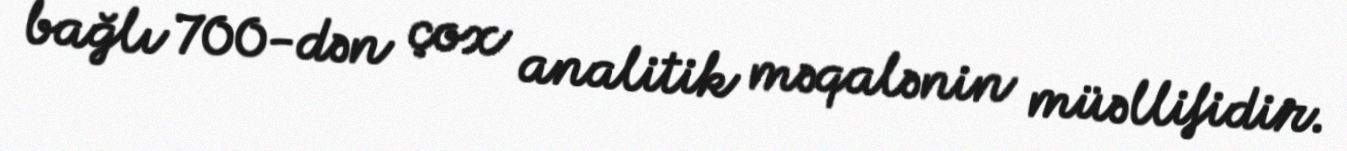
bağlı 700-dən çox analitik məqalənin müəllifidir.